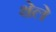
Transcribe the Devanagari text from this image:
थेले